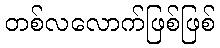
တစ်လလောက်ဖြစ်ဖြစ်